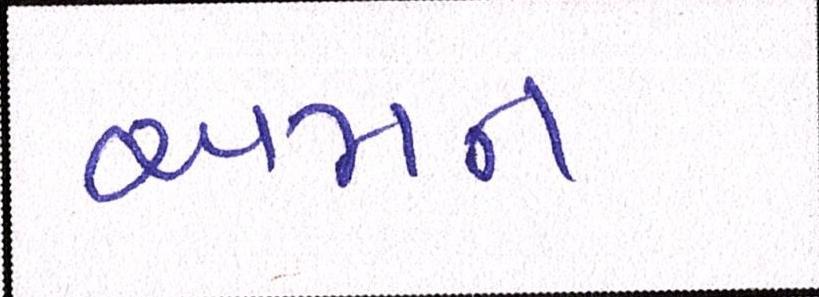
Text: અમન